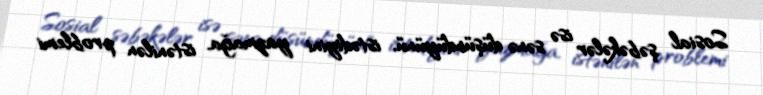
Sosial şəbəkələr isə sənə düşündüyünü, istədiyini yazmağa, istənilən problemi